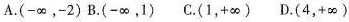
A.(-∞，-2) B.(-∞，1) C.(1，+∞) D.(4，+∞)